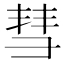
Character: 彗